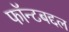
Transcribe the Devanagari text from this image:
फॉन्टबद्दल